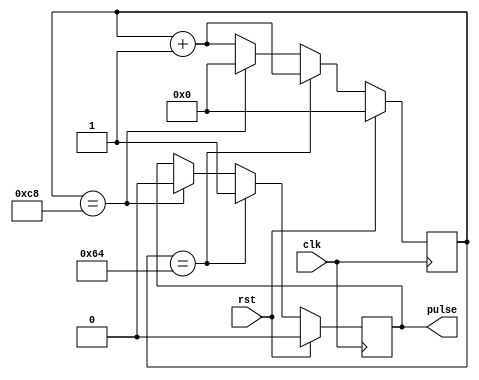
module sync_pulse_generator (
    input wire clk,
    input wire rst,
    output reg pulse
);

reg [7:0] count;
reg [7:0] predetermined_value = 100;

always @ (posedge clk) begin
    if (rst) begin
        count <= 0;
        pulse <= 0;
    end else begin
        count <= count + 1;
        if (count == predetermined_value) begin
            pulse <= 1;
        end else if (count == predetermined_value * 2) begin
            pulse <= 0;
            count <= 0;
        end
    end
end

endmodule